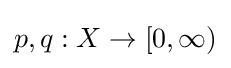
p,q:X\to [0,\infty )